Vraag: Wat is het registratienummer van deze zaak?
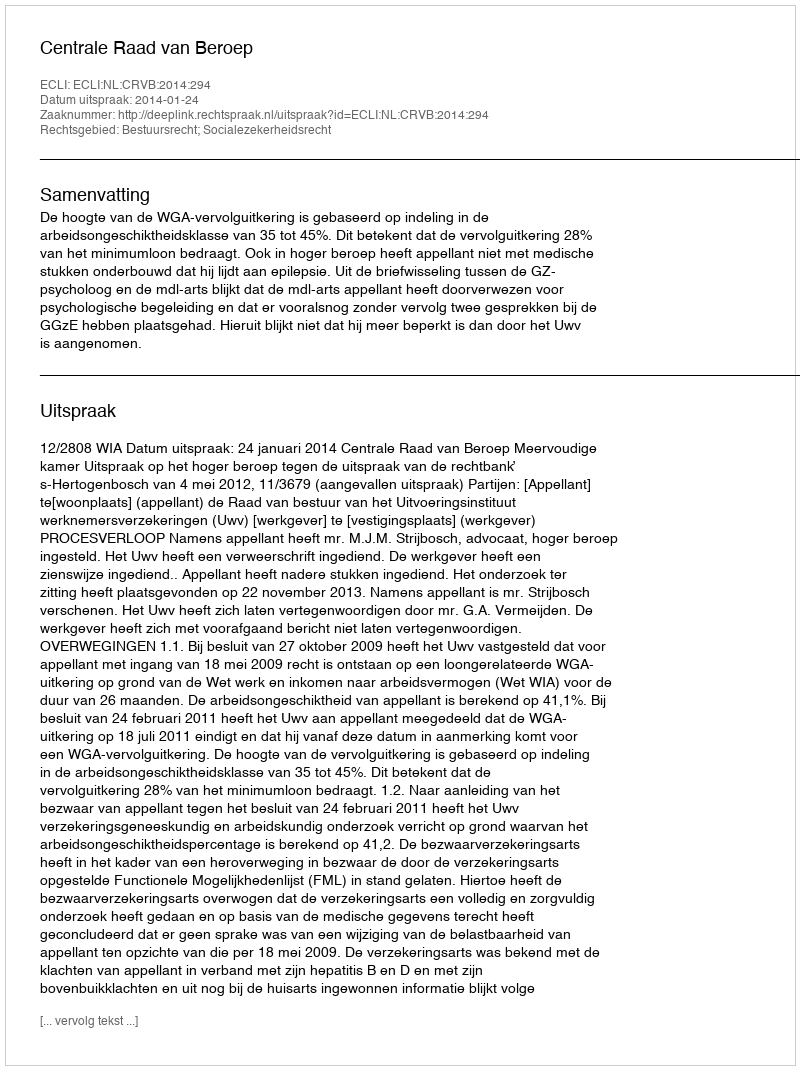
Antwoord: http://deeplink.rechtspraak.nl/uitspraak?id=ECLI:NL:CRVB:2014:294